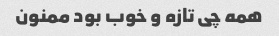
همه چی تازه و خوب بود ممنون